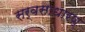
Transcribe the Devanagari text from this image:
सर्वसाधारण्